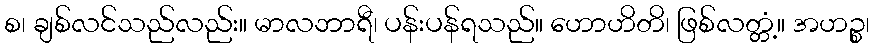
စ၊ ချစ်လင်သည်လည်း။ မာလဘာရီ၊ ပန်းပန်ရသည်။ ဟောဟိတိ၊ ဖြစ်လတ္တံ့။ အဟဉ္စ၊